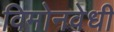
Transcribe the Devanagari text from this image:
विमोनवेधी